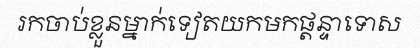
រកចាប់ខ្លួនម្នាក់ទៀតយកមកផ្តន្ទាទោស